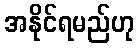
အနိုင်ရမည်ဟု